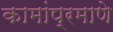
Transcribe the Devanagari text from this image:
कामांप्रमाणे